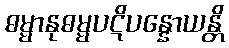
ဓမ္မာနုဓမ္မပဋိပန္နောယန္တိ